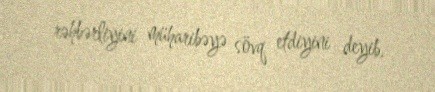
rəhbərliyini müharibəyə sövq etdiyini deyib.